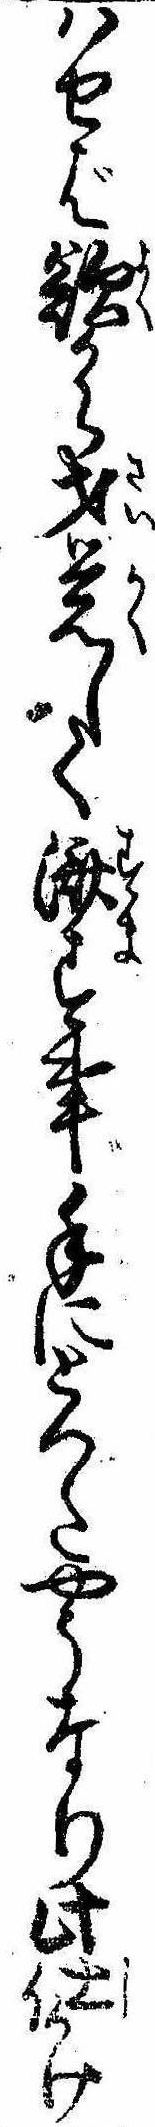
はせば欲から才覚して済す事手にとつたやうなり此仕かけ